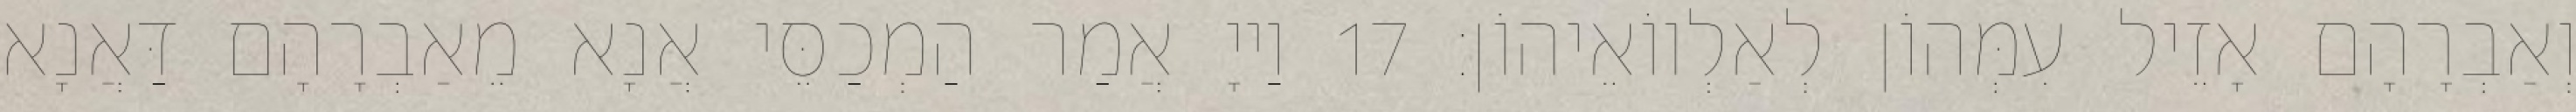
וְאַבְרָהָם אָזֵיל עִמְּהוֹן לְאַלְווֹאֵיהוֹן׃ 17 וַייָ אֲמַר הַמְכַסֵּי אֲנָא מֵאַבְרָהָם דַּאֲנָא